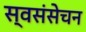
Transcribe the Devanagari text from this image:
स्वसंसेचन